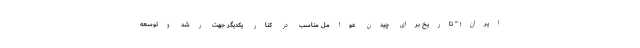
ایران؛ " تاریخ برای چیدن عوامل مناسب در کنار یکدیگر جهت رشد وتوسعه